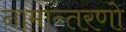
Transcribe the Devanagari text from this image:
नामान्तरणो